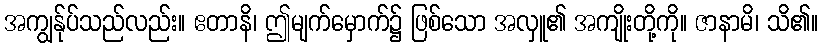
အကျွန်ုပ်သည်လည်း။ ဧတာနိ၊ ဤမျက်မှောက်၌ ဖြစ်သော အလှူ၏ အကျိုးတို့ကို။ ဇာနာမိ၊ သိ၏။